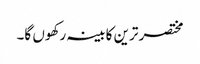
مختصر ترین کابینہ رکھوں گا۔